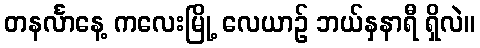
တနင်္လာနေ့ ကလေးမြို့ လေယာဉ် ဘယ်နှနာရီ ရှိလဲ။